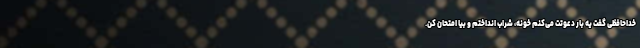
خداحافظی گفت یه بار دعوتت می‌کنم خونه، شراب انداختم و بیا امتحان کن.